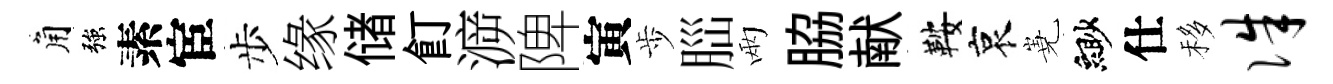
角強素宦步缘储飣㴑陴寅歩𦛁兩脇献鞍哀嶤緲仕移侏